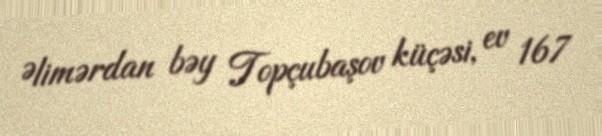
Əlimərdan bəy Topçubaşov küçəsi, ev 167